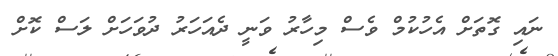
ނައި ގޮތަށް އެހުކުމް ވެސް މިހާރު ވަނީ ދެއަހަރު ދުވަހަށް ލަސް ކޮށް